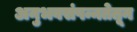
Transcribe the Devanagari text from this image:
अनुभवसंपन्नतेतून